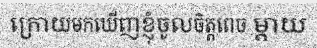
ក្រោយមកឃើញខ្ញុំចូលចិត្តពេច ម្តាយ